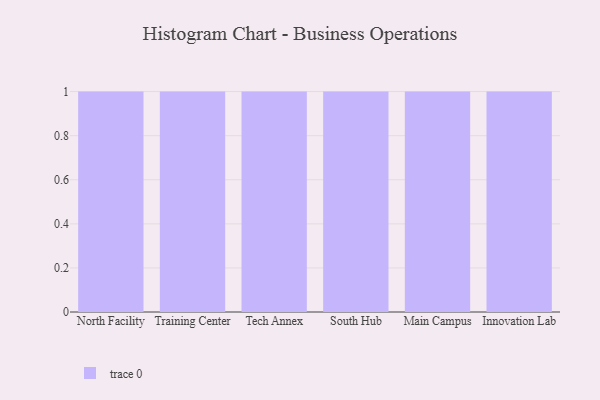
{"axis": {"x": "Campus", "y": "Humidity (%)"}, "legend": [""], "data": [{"x": "North Facility", "y": 98, "type": ""}, {"x": "Training Center", "y": 88, "type": ""}, {"x": "Tech Annex", "y": 30, "type": ""}, {"x": "South Hub", "y": 34, "type": ""}, {"x": "Main Campus", "y": 32, "type": ""}, {"x": "Innovation Lab", "y": 47, "type": ""}]}